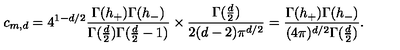
c _ { m , d } = 4 ^ { 1 - d / 2 } \frac { \Gamma ( h _ { + } ) \Gamma ( h _ { - } ) } { \Gamma ( \frac { d } { 2 } ) \Gamma ( \frac { d } { 2 } - 1 ) } \times \frac { \Gamma ( \frac { d } { 2 } ) } { 2 ( d - 2 ) \pi ^ { d / 2 } } = \frac { \Gamma ( h _ { + } ) \Gamma ( h _ { - } ) } { ( 4 \pi ) ^ { d / 2 } \Gamma ( \frac { d } { 2 } ) } .